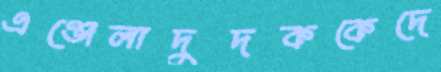
এঞ্জেলাদুদককেদে